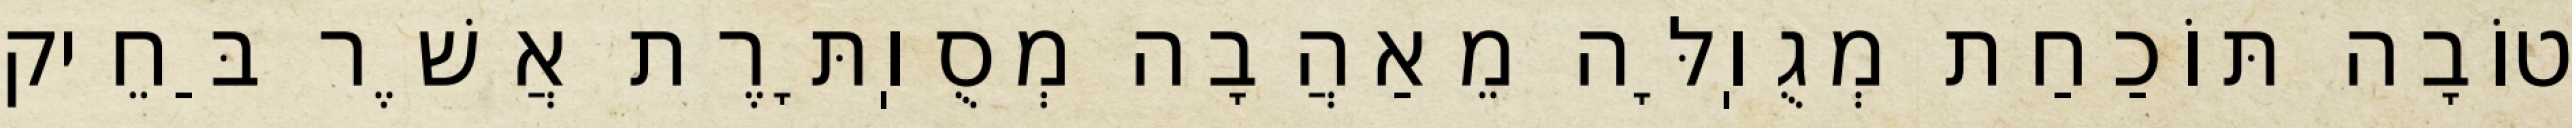
טוֹבָה תּוֹכַחַת מְגֻוֽלָּה מֵאַהֲבָה מְסֻוֽתָּרֶת אֲשֶׁר בַּחֵיק